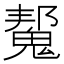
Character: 𮫠